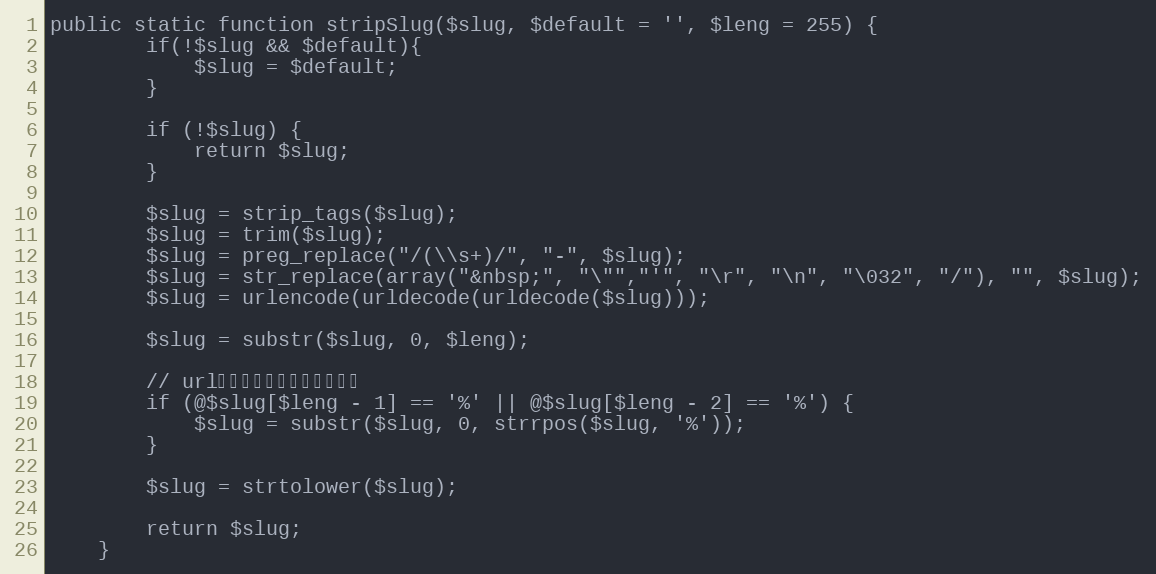
Language: PHP
public static function stripSlug($slug, $default = '', $leng = 255) {
		if(!$slug && $default){
			$slug = $default;
		}

		if (!$slug) {
			return $slug;
		}

		$slug = strip_tags($slug);
		$slug = trim($slug);
		$slug = preg_replace("/(\\s+)/", "-", $slug);
		$slug = str_replace(array("&nbsp;", "\"","'", "\r", "\n", "\032", "/"), "", $slug);
		$slug = urlencode(urldecode(urldecode($slug)));

		$slug = substr($slug, 0, $leng);

		// url编码字符部分被截掉的处理
		if (@$slug[$leng - 1] == '%' || @$slug[$leng - 2] == '%') {
			$slug = substr($slug, 0, strrpos($slug, '%'));
		}

		$slug = strtolower($slug);

		return $slug;
	}